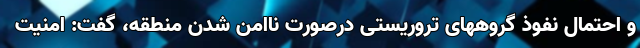
و احتمال نفوذ گروههای تروریستی درصورت ناامن شدن منطقه، گفت: امنیت